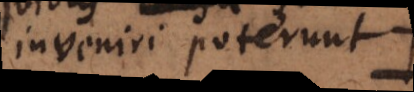
inveniri poterunt